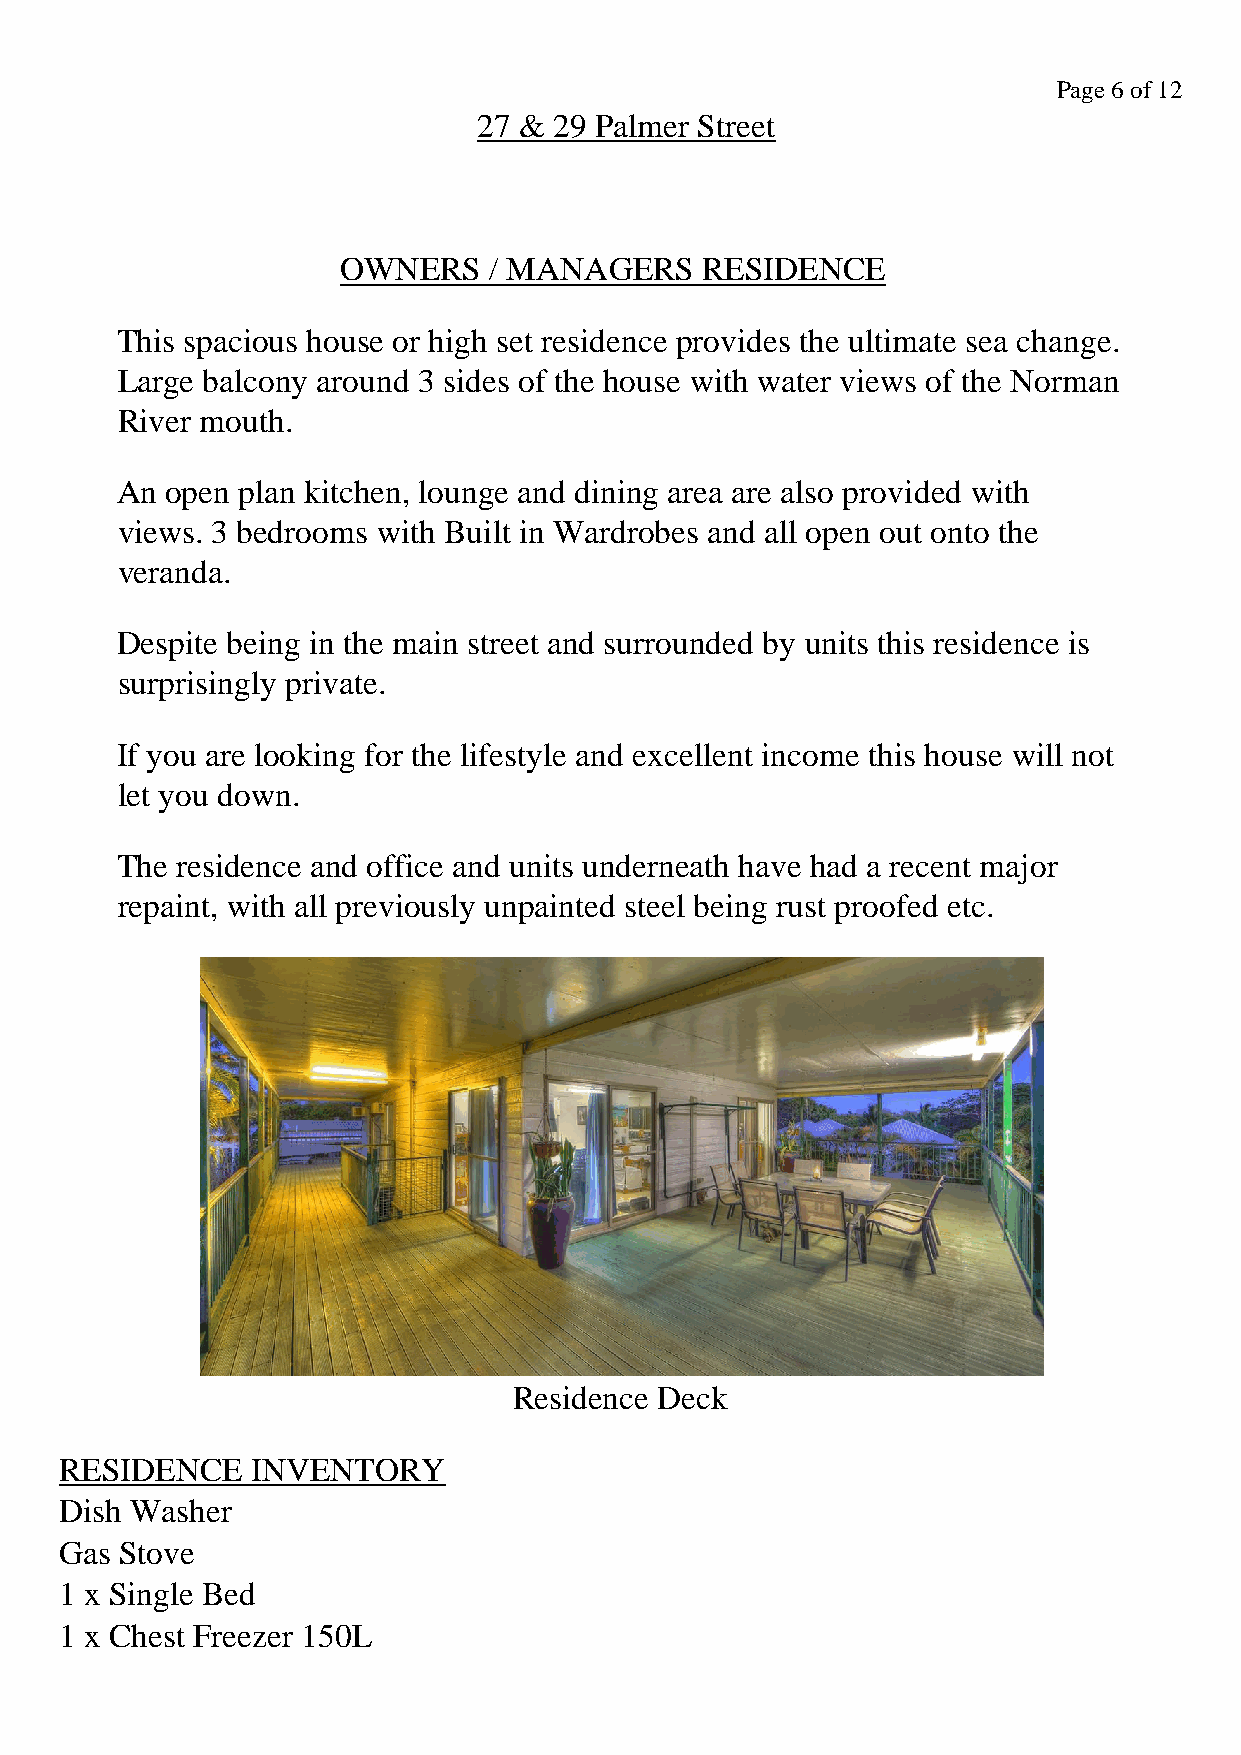
Page 6 of 12
 27 & 29 Palmer Street
 OWNERS    / MANAGERS    RESIDENCE
 This spacious house or high set residence provides the ultimate sea change.
 Large balcony around 3 sides of the house with water views of the Norman
 River mouth.
 An open plan kitchen, lounge and dining area are also provided with
 views. 3 bedrooms with Built in Wardrobes and all open out onto the
 veranda.
 Despite being in the main street and surrounded by units this residence is
 surprisingly private.
 If you are looking for the lifestyle and excellent income this house will not
 let you down.
 The residence and office and units underneath have had a recent major
 repaint, with all previously unpainted steel being rust proofed etc.
 Residence Deck
 RESIDENCE    INVENTORY
 Dish Washer
 Gas Stove
 1 x Single Bed
 1 x Chest Freezer 150L